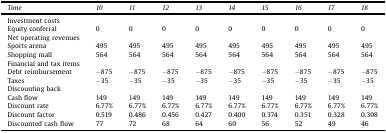
<table><thead><tr><td><b><i>Time</i></b></td><td><b><i>10</i></b></td><td><b><i>11</i></b></td><td><b><i>12</i></b></td><td><b><i>13</i></b></td><td><b><i>14</i></b></td><td><b><i>15</i></b></td><td><b><i>16</i></b></td><td><b><i>17</i></b></td><td><b><i>18</i></b></td></tr></thead><tbody><tr><td>Investment costs</td><td></td><td></td><td></td><td></td><td></td><td></td><td></td><td></td><td></td></tr><tr><td>Equity conferral</td><td>0</td><td>0</td><td>0</td><td>0</td><td>0</td><td>0</td><td>0</td><td>0</td><td>0</td></tr><tr><td>Net operating revenues</td><td></td><td></td><td></td><td></td><td></td><td></td><td></td><td></td><td></td></tr><tr><td>Sports arena</td><td>495</td><td>495</td><td>495</td><td>495</td><td>495</td><td>495</td><td>495</td><td>495</td><td>495</td></tr><tr><td>Shopping mall</td><td>564</td><td>564</td><td>564</td><td>564</td><td>564</td><td>564</td><td>564</td><td>564</td><td>564</td></tr><tr><td>Financial and tax items</td><td></td><td></td><td></td><td></td><td></td><td></td><td></td><td></td><td></td></tr><tr><td>Debt reimbursement</td><td>−875</td><td>−875</td><td>−875</td><td>−875</td><td>−875</td><td>−875</td><td>−875</td><td>−875</td><td>−875</td></tr><tr><td>Taxes</td><td>−35</td><td>−35</td><td>−35</td><td>−35</td><td>−35</td><td>−35</td><td>−35</td><td>−35</td><td>−35</td></tr><tr><td>Discounting back</td><td></td><td></td><td></td><td></td><td></td><td></td><td></td><td></td><td></td></tr><tr><td>Cash flow</td><td>149</td><td>149</td><td>149</td><td>149</td><td>149</td><td>149</td><td>149</td><td>149</td><td>149</td></tr><tr><td>Discount rate</td><td>6.77%</td><td>6.77%</td><td>6.77%</td><td>6.77%</td><td>6.77%</td><td>6.77%</td><td>6.77%</td><td>6.77%</td><td>6.77%</td></tr><tr><td>Discount factor</td><td>0.519</td><td>0.486</td><td>0.456</td><td>0.427</td><td>0.400</td><td>0.374</td><td>0.351</td><td>0.328</td><td>0.308</td></tr><tr><td>Discounted cash flow</td><td>77</td><td>72</td><td>68</td><td>64</td><td>60</td><td>56</td><td>52</td><td>49</td><td>46</td></tr></tbody></table>